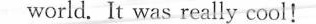
world.It was really cool！